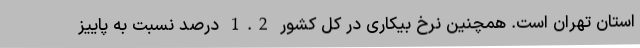
استان تهران است. همچنین نرخ بیکاری در کل کشور 1.2 درصد نسبت به پاییز